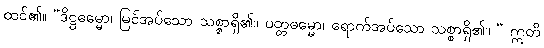
ထင်၏။ “ဒိဋ္ဌဓမ္မော၊ မြင်အပ်သော သစ္စာရှိ၏။ ပတ္တဓမ္မော၊ ရောက်အပ်သော သစ္စာရှိ၏။ “ ဣတိ